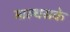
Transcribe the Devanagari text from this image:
माल्थसके